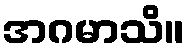
အဂမာသိ။